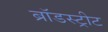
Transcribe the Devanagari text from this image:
ब्रॉडस्ट्रीट